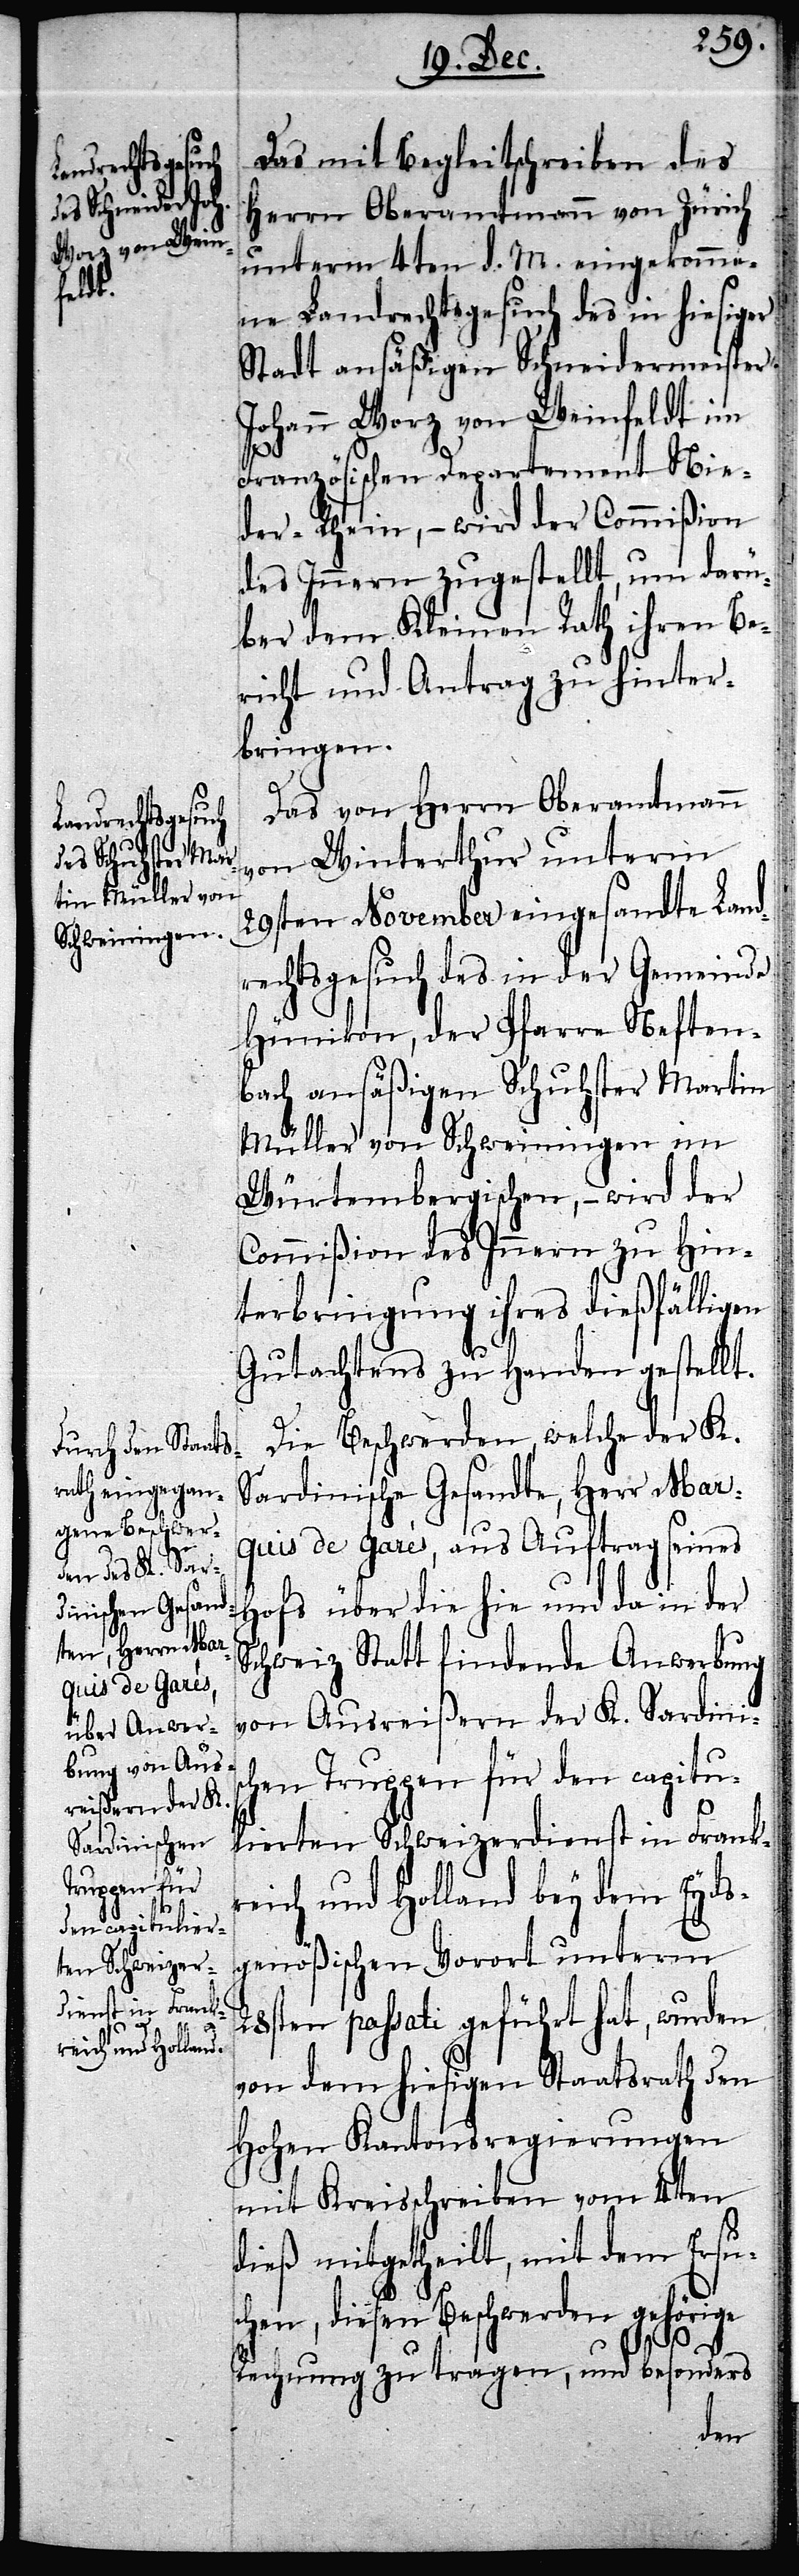
Das mit Begleitschreiben des
Herrn Oberamtmann von Zürich
unterm 4ten d. M. eingekomme¬
ne Landrechtsgesuch des in hiesiger
Stadt ansäßigen Schneidermeister
Johann Worz von Weinfeldt im
Französischen Departement Nie¬
der-Rhein, – wird der Commißion
des Innern zugestellt, um darü¬
ber dem Kleinen Rath ihren Be¬
richt und Antrag zu hinter¬
bringen.
Das von Herrn Oberamtmann
von Winterthur unterm
29sten November eingesandte Land¬
rechtsgesuch des in der Gemeinde
Hünikon, der Pfarre Neften¬
bach ansäßigen Schuhster Martin
Müller von Schweiningen im
Würtembergischen, – wird der
Commißion des Innern zu Hin¬
terbringung ihres dießfälligen
Gutachtens zu Handen gestellt.
Die Beschwerden, welche der K
Sardinische Gesandte, Herr Mar¬
quis de Garès, aus Auftrag seines
Hofs über die hie und da in der
Schweiz Statt findende Anwerbung
von Ausreißern der K. Sardinis¬
chen Truppen für den capitu¬
lierten Schweizerdienst in Frank¬
reich und Holland bey dem Eyds¬
genößischen Vorort unterm
28sten passati geführt hat, wurden
von dem hiesigen Staatsrath den
Hohen Kantonsregierungen
mit Kreisschreiben vom 4ten
dieß mitgetheilt, mit dem Ersu¬
chen, diesen Beschwerden gehörige
Rechnung zu tragen, und besonders